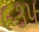
૯૩૫